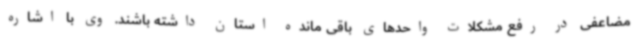
مضاعفی در رفع مشکلات واحدهای باقی مانده استان داشته باشند. وی با اشاره